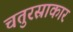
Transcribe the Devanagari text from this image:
चतुरस्राकार